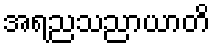
အရညသညာယာတိ